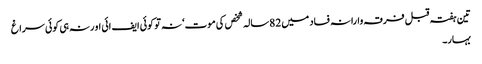
تین ہفتہ قبل فرقہ وارانہ فساد میں 82سالہ شخص کی موت‘ نہ تو کوئی ایف ائی او رنہ ہی کوئی سراغ
بہار۔